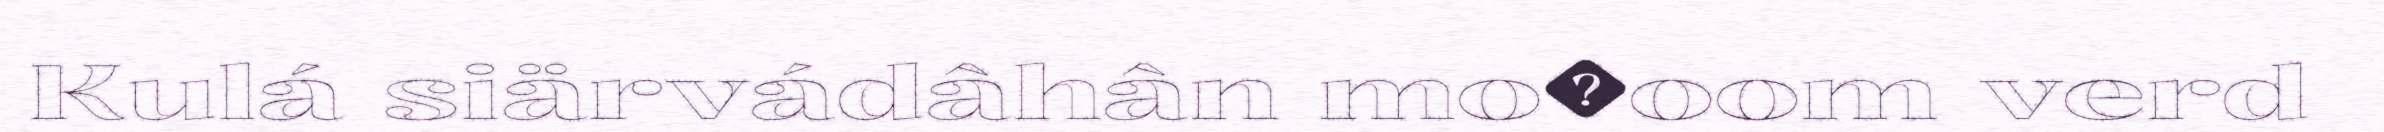
Kulá siärvádâhân mo�oom verd